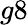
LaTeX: g8